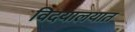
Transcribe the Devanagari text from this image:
विदयालयात